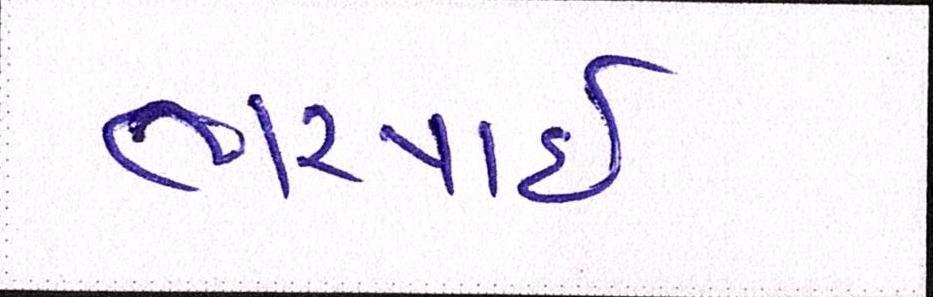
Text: ભરપાઈ